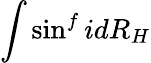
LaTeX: \int\sin^{f}idR_{H}